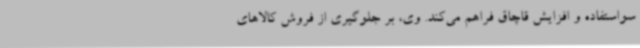
سواستفاده و افزایش قاچاق فراهم می‌کند. وی، بر جلوگیری از فروش کالاهای